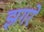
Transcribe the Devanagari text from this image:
झगरे